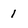
Character: 1